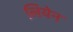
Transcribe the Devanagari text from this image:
लियेन